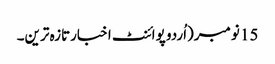
15 نومبر(اُردو پوائنٹ اخبارتازہ ترین۔